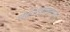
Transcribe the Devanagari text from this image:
चंदनगडासारखे